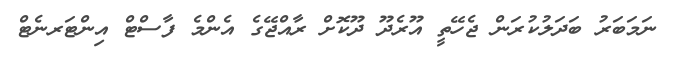
ނަމަބަރު ބަދަލުކުރަން ޖެހޭތީ އޫރެދޫ ދޫކޮށް ރާއްޖޭގެ އެންމެ ފާސްޓް އިންޓަރނެޓް